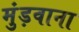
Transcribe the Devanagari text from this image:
मुंड़वाना